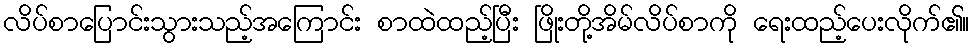
လိပ်စာပြောင်းသွားသည့်အကြောင်း စာထဲထည့်ပြီး ဖြိုးတို့အိမ်လိပ်စာကို ရေးထည့်ပေးလိုက်၏။